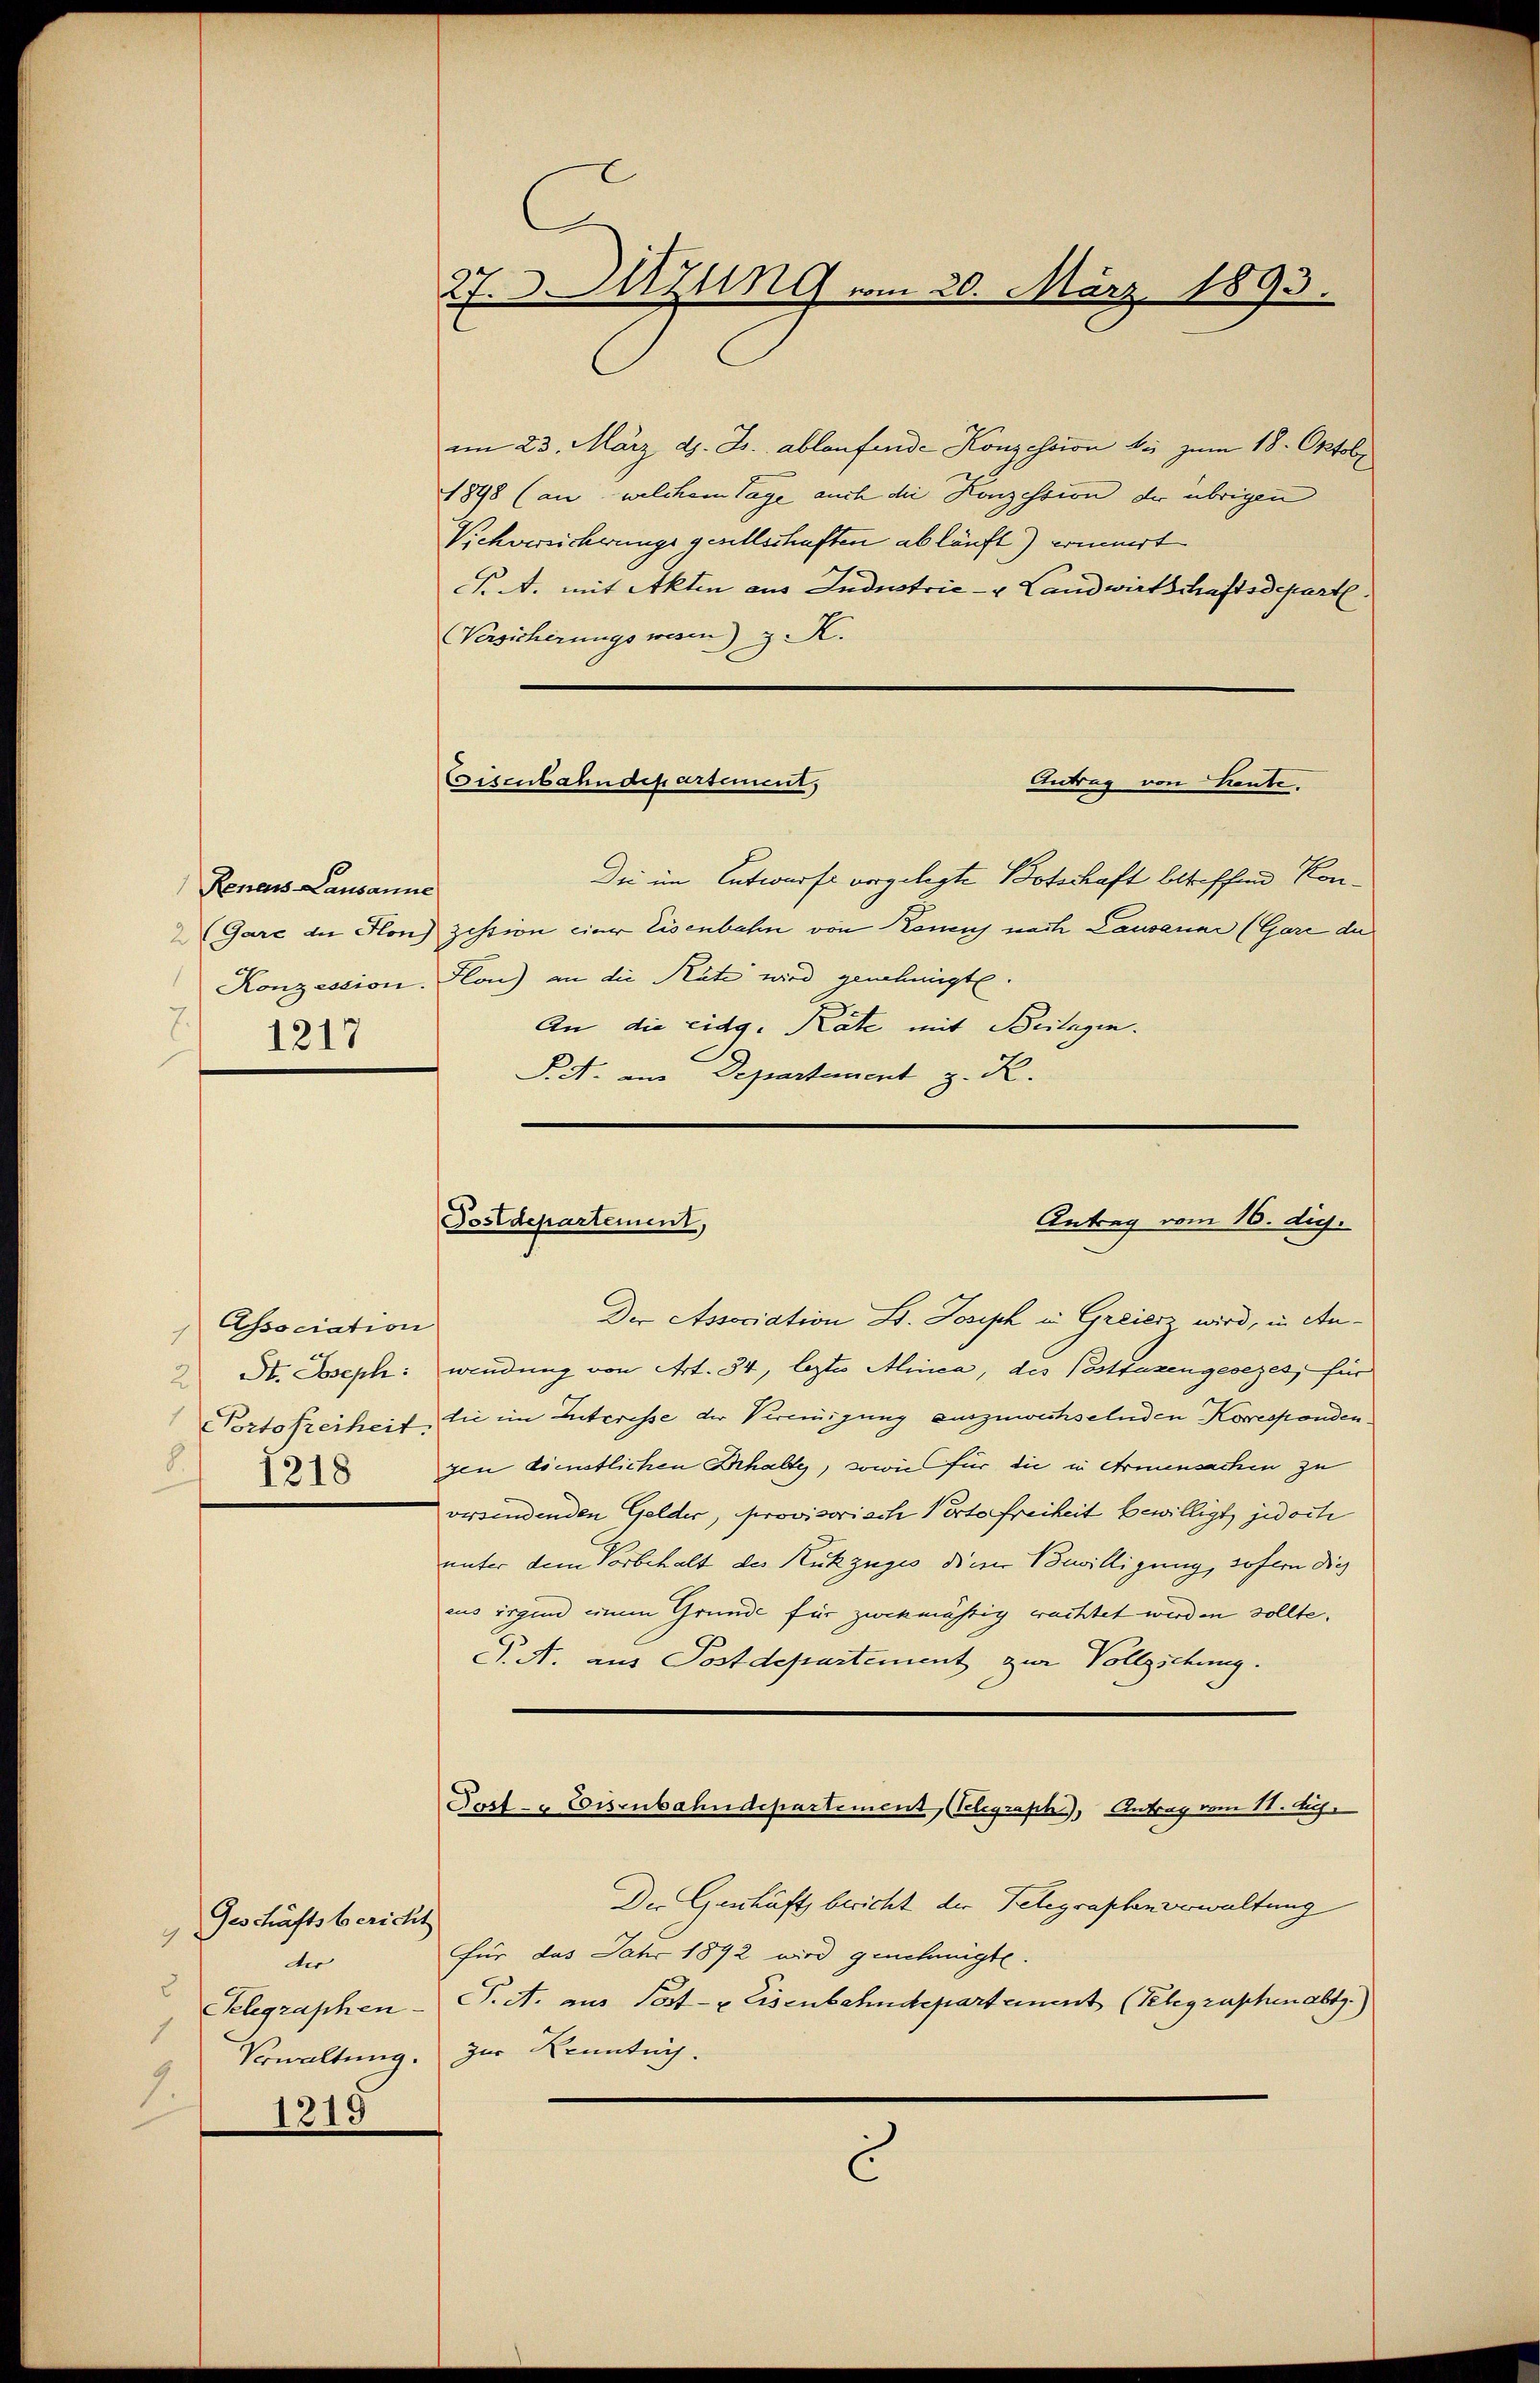
Renes Lausanne
Konzession.
 1217

Association

9
2
1.

Geschäftsbericht
der

1219

27. Sitzung vom 20. März 1893.

im 23. März d. J. ablaufende Konzession bis zum 18. Oktobe
1898 (an, welchem Tage auch die Konzession der übrigen
Vichversicherungs gesellschaften abläuft) erinnert
F. A. mit Akten aus Industrie- u Landwirtschaftsdepart
Versicherungswesen) z. K.

Eisenbahndepartement,

Postdepartement,
Antrag vom 16. dig.

Die im Entwurfe vorgelegte Botschaft betreffend Kon¬
(Gare an Hon) zistion einer Eisenbahn von Kanens nach Lausanne (Gare du
Flon) an die Räte wird genehmigt.
An die eidg. Räte mit Beilagen.
Pret. am Departement z. R.

C

Antrag von heute.

Der Association B. Joseph in Greiers wird, in An¬
St. Joseph: wendung von Art. 54, leztes Alinea, des Postfazengesezes, für
Portofreiheit, die im Interesse der Vereinigung auszuwechselnden Korresponden
" gen dienstlichen Erhalty, sowie für die in Armensachen zu
versendenden Gelder, provisorisch Verte freiheit bewilligt, jedoch
unter dem Vorbehalt der Rückzuges die Bewilligung, sofern dies
aus irgen einem Grunde für zwekmäßig rachtet werden sollte.
P. A. aus Postdepartement zur Vollziehung.
Jost- & Eisenbahndepartement, (Telegraph, Antrag vom 11. Aug.
Der Geschäft bericht der Telegraphenverwaltung
für das Jahr 1892 wird genehmigte.
Telegraphen- P. M. aus Post- & Eisenbahndepartement (Telegraphenabtz.)
Verwaltung. Zur Kenntnis.